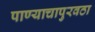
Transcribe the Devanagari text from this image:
पाण्याचापुरवठा